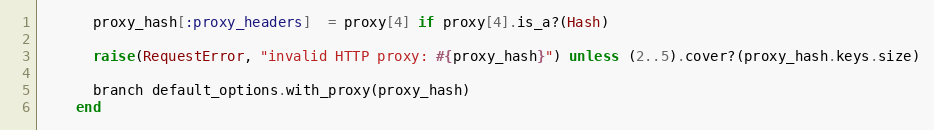
Language: Ruby
      proxy_hash[:proxy_headers]  = proxy[4] if proxy[4].is_a?(Hash)

      raise(RequestError, "invalid HTTP proxy: #{proxy_hash}") unless (2..5).cover?(proxy_hash.keys.size)

      branch default_options.with_proxy(proxy_hash)
    end